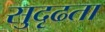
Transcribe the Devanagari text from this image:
सुदृढता